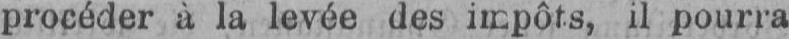
procéder à la levée des impôts, il pourra